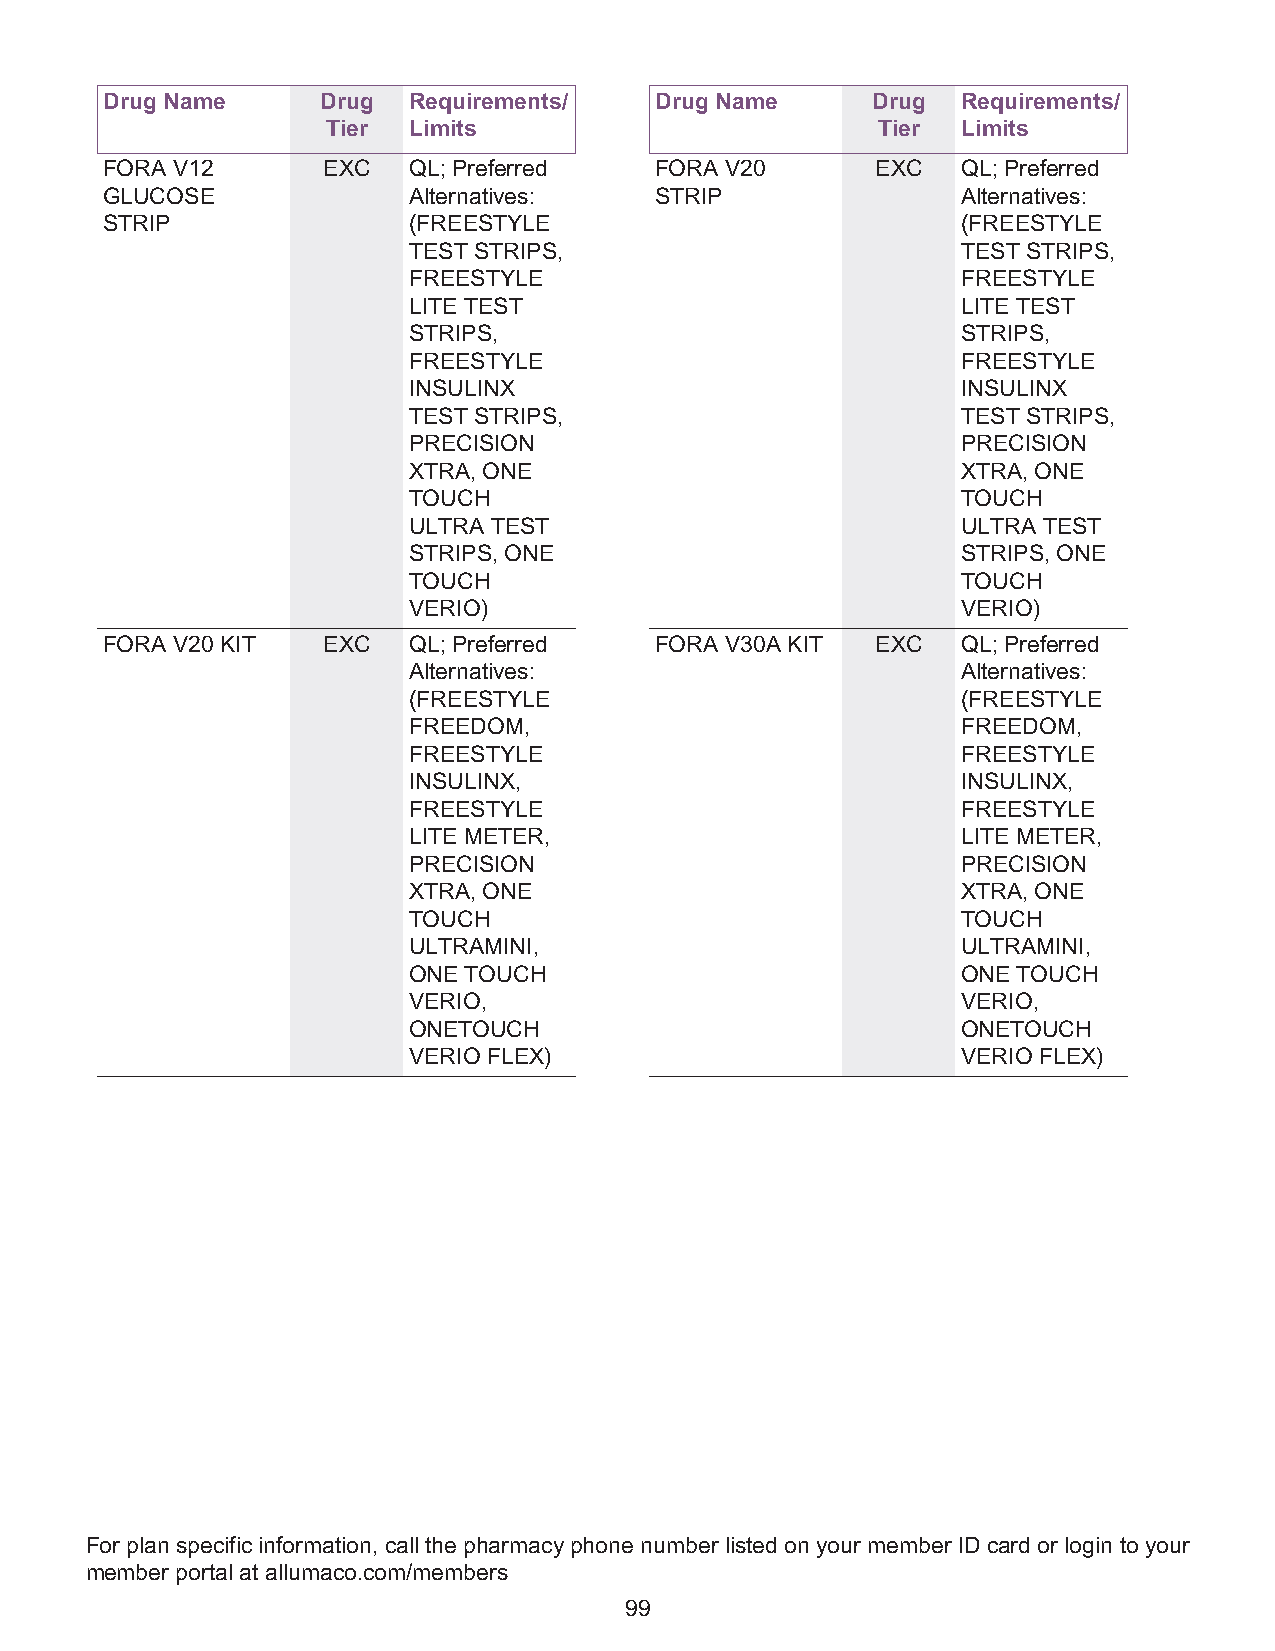
Drug Name     Drug  Requirements/   Drug Name      Drug  Requirements/
 Tier Limits                         Tier  Limits
 FORA V12      EXC   QL; Preferred   FORA V20       EXC   QL; Preferred
 GLUCOSE             Alternatives:   STRIP                Alternatives:
 STRIP               (FREESTYLE                           (FREESTYLE
 TEST STRIPS,                         TEST STRIPS,
 FREESTYLE                            FREESTYLE
 LITE TEST                            LITE TEST
 STRIPS,                              STRIPS,
 FREESTYLE                            FREESTYLE
 INSULINX                             INSULINX
 TEST STRIPS,                         TEST STRIPS,
 PRECISION                            PRECISION
 XTRA, ONE                            XTRA, ONE
 TOUCH                                TOUCH
 ULTRA TEST                           ULTRA TEST
 STRIPS, ONE                          STRIPS, ONE
 TOUCH                                TOUCH
 VERIO)                               VERIO)
 FORA V20 KIT  EXC   QL; Preferred   FORA V30A KIT  EXC   QL; Preferred
 Alternatives:                        Alternatives:
 (FREESTYLE                           (FREESTYLE
 FREEDOM,                             FREEDOM,
 FREESTYLE                            FREESTYLE
 INSULINX,                            INSULINX,
 FREESTYLE                            FREESTYLE
 LITE METER,                          LITE METER,
 PRECISION                            PRECISION
 XTRA, ONE                            XTRA, ONE
 TOUCH                                TOUCH
 ULTRAMINI,                           ULTRAMINI,
 ONE TOUCH                            ONE TOUCH
 VERIO,                               VERIO,
 ONETOUCH                             ONETOUCH
 VERIO FLEX)                          VERIO FLEX)
 For plan specific information, call the pharmacy phone number listed on your member ID card or login to your
 member portal at allumaco.com/members
 99